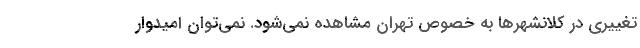
تغییری در کلانشهرها به خصوص تهران مشاهده نمی‌شود. نمی‌توان امیدوار